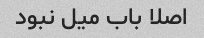
اصلا باب میل نبود